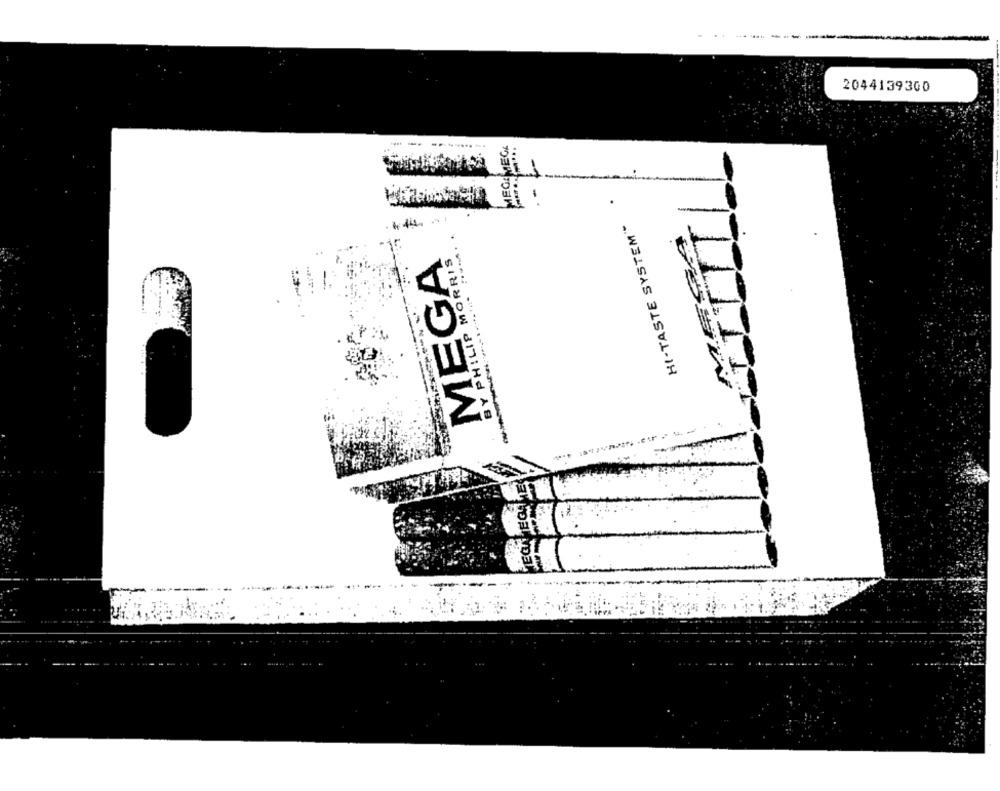
----
2044139300
MEG:MECK
HI-TASTE SYSTEM"
MESA
MEGA
BY PHILIP MORRIS